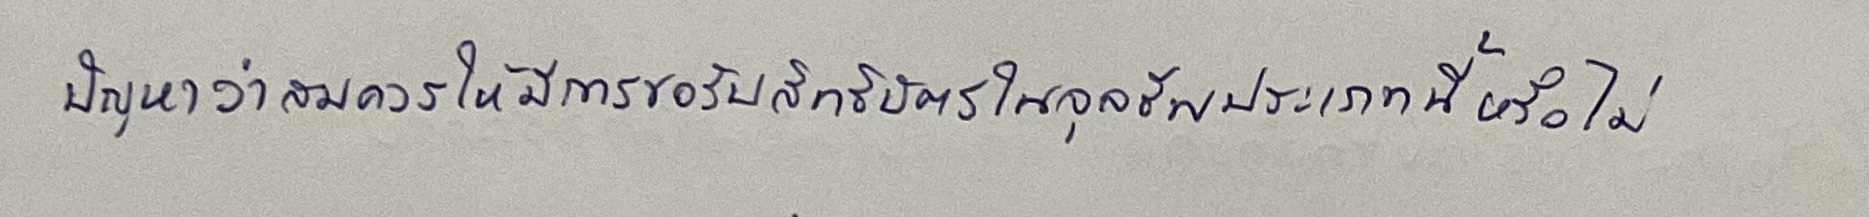
ปัญหาว่าสมควรให้มีการขอรับสิทธิบัตรในจุลชีพประเภทนี้หรือไม่